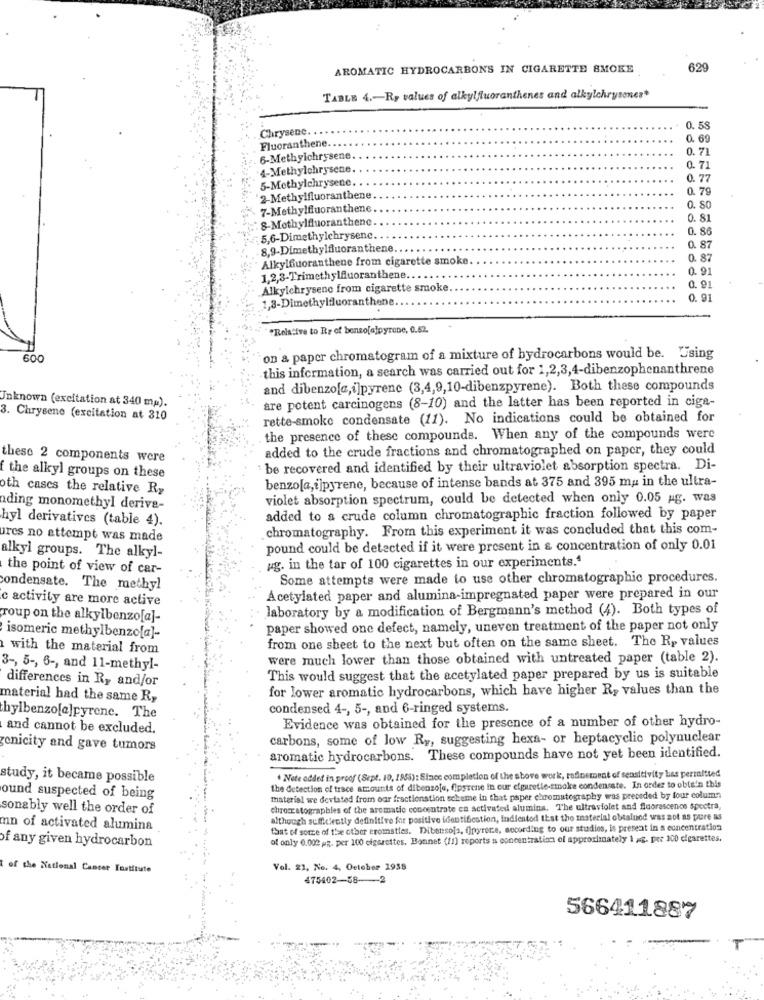
AROMATIC HYDROCARBONS IN CIGARETTE SMOKE
629
TABLE 4 .- Ry values of alkylfluoranthenes and alkylchrysones"
Chrysene.
0. 58
0. 69
Fluoranthene
0.71
6-Methyichrysene.
4-Methylchrysene.
0.71
5-Methylchrysene
0.77
0. 79
2-Methylfluoranthene
7-Methylfluoranthene
0. 50
8-Methylfluoranthene
0. 81
0. 86
5,6-Dimethylchrysene ..
8,9-Dimethylfluoranthene.
0. 8
Alkylfuoranthene from cigarette smoke
0. 87
0.91
1,2,3-Trimethylfuoranthene.
Alkylchrysene from cigarette smoke
0. 91
1,3-Dimethylfluoranthene
0. 91
"Relative to Rs of benso[a]pyrene, 0.62.
600
on a paper chromatogram of a mixture of bydrocarbons would be. Using
this information, a search was carried out for 1,2,3,4-dibenzophenanthrene
and dibenzo[a,i]pyrene (3,4,9,10-dibenzpyrene). Both these compounds
Inknown (excitation at 340 mp).
are potent carcinogens (8-10) and the latter has been reported in cige-
3. Chrysene (excitation at 310
rette-smoke condensate (11). No indications could be obtained for
the presence of these compounds. When any of the compounds were
added to the crude fractions and chromatographed on paper, they could
these 2 components were
: be recovered and identified by their ultraviolet absorption spectra. Di-
f the alkyl groups on these
benzola,ijpyrene, because of intense bands at 375 and 395 ma in the ultra-
oth cases the relative Ry
violet absorption spectrum, could be detected when only 0.05 Ag. was
ading monomethyl derive-
hyl derivatives (table 4).
added to a crude column chromatographic fraction followed by paper
chromatography. From this experiment it was concluded that this com-
ures no attempt was made
alkyl groups. The alkyl-
pound could be detected if it were present in & concentration of only 0.01
ug. in the tar of 100 cigarettes in our experiments."
the point of view of car-
Some attempts were made to use other chromatographic procedures.
condensate. The methyl
c activity are more active
Acetylated paper and alumina-impregnated paper were prepared in our
laboratory by a modification of Bergmann's method (4). Both types of
roup on the alkylbenzo[a]-
paper showed one defect, namely, uneven treatment of the paper not only
isomeric methylbenzo[a]-
from one sheet to the next but often on the same sheet. The Ry values
with the material from
were much lower than those obtained with untreated paper (table 2).
3 -, 5 -, 6 -, and 11-methyl-
differences in Ry and/or
This would suggest that the acetylated paper prepared by us is suitable
for lower aromatic hydrocarbons, which have higher R, values than the
material had the same R,
condensed 4 -, 5 -, and 6-ringed systems.
thylbenzo[a]pyrene. The
Evidence was obtained for the presence of a number of other hydro-
and cannot be excluded.
carbons, some of low Ry, suggesting hexa- or heptacyclic polynuclear
yenicity and gave tumors
aromatic hydrocarbons. These compounds have not yet been identified.
study, it became possible
* Note added in proof (Sept. 10, 1955): Since completion of the stove work, refinement of sensitivity has permitted
the detection of trace amounts of dibenzoje, fipsrene in our efguretie-smoke condensate. In order to obte'n this
ound suspected of being
material we deviated from our fractionation scheme in that paper chromatography was preceded by four column
sonably well the order of
chromatographles of the aromatic concentrate en activated alumina. The ultraviolet and fluorescenos spectra,
although sufficiently definitive for positive identifiestion, indientod that the material obtained was zot as pure as
mn of activated alumina
that of souce of the other eromsties. Dibensola, finyrere, according to our studies, is present in a concentration
of only 0.002 R. per 100 cigarettes. Bonnet (11) reports ss concentration of approximately 1 =£. per 100 cigarettes.
of any given hydrocarbon
of the National Cancer Institute
Vol. 21, No. 4, October 1938
475402-58 --- 2
566411887